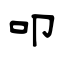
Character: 叩